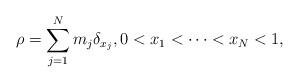
LaTeX: \begin{align*} \rho=\sum_{j=1}^N m_j \delta_{x_j}, 0<x_1<\dots<x_N<1, \end{align*}